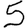
Digit: 5